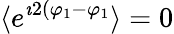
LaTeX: \langle e^{\imath 2(\varphi_{1}-\varphi_{1}}\rangle=0